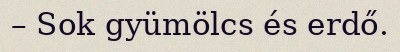
– Sok gyümölcs és erdő.